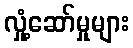
လှုံ့ဆော်မှုများ